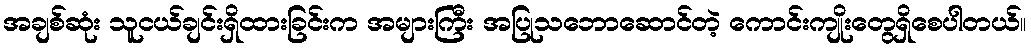
အချစ်ဆုံး သူငယ်ချင်းရှိထားခြင်းက အများကြီး အပြုသဘောဆောင်တဲ့ ကောင်းကျိုးတွေရှိစေပါတယ်။